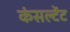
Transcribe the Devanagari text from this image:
कंसल्‍टेंट